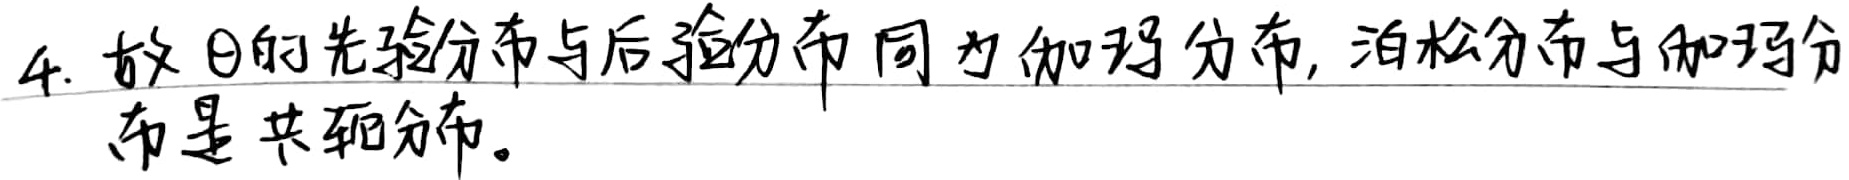
4. 故 $\theta$ 的先验分布与后验分布同为伽玛分布, 泊松分布与伽玛分布是共轭分布。